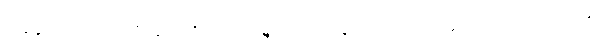
အချောင်တတ်လာလိမ့်မယ်လို့ မင်း မမျှော်လင့်လေနဲ့၊ မင်းသွားသင်မယ့် ဘာသာရပ်တွေက